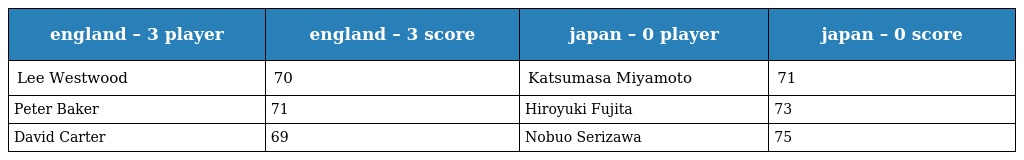
| england – 3 player | england – 3 score | japan – 0 player | japan – 0 score |
 | --- | --- | --- | --- |
 | Lee Westwood | 70 | Katsumasa Miyamoto | 71 |
 | Peter Baker | 71 | Hiroyuki Fujita | 73 |
 | David Carter | 69 | Nobuo Serizawa | 75 |